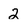
Character: 2